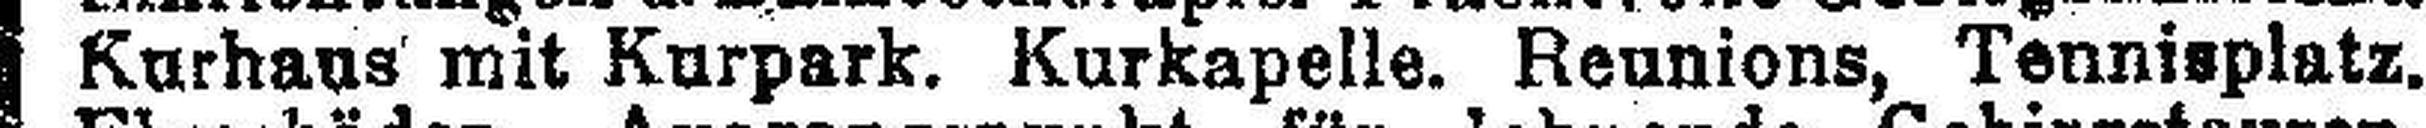
Kurhaus mit Kurpark. Kurkapelle. Reunions, Tennisplatz.